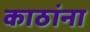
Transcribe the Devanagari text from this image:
काठांना